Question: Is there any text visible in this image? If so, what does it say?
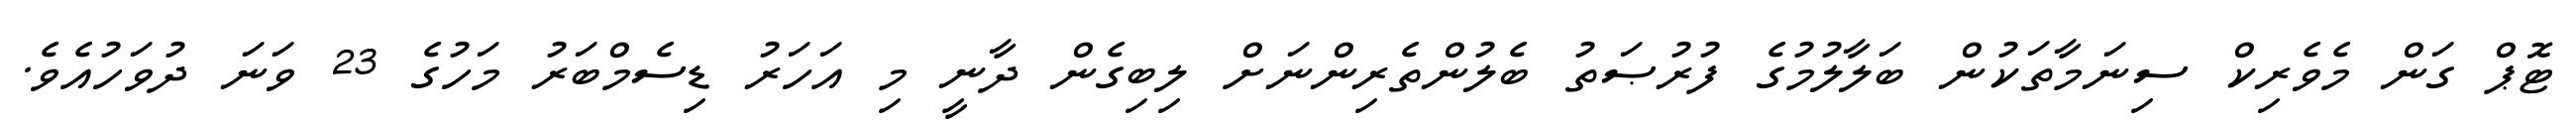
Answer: ޓޮޕް ގަން މެވެރިކް ސިނަމާތަކުން ބަލާލުމުގެ ފުރުޞަތު ބެލުންތެރިންނަށް ލިބިގެން ދާނީ މި އަހަރު ޑިސެމްބަރު މަހުގެ 23 ވަނަ ދުވަހުއެވެ.